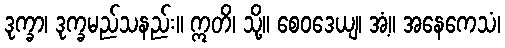
ဒုက္ခာ၊ ဒုက္ခမည်သနည်း။ ဣတိ၊ သို့။ စေဝဒေယျ၊ အံ့။ အနေကေသံ၊